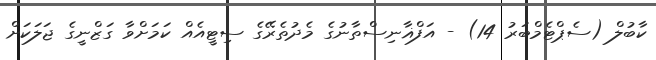
ކާބުލް (ސެޕްޓެމްބަރު 14) - އަފްޣާނިސްތާނުގެ މެދުތެރޭގެ ސިޓީއެއް ކަމަށްވާ ގަޒްނީގެ ޖަލަަކަށް